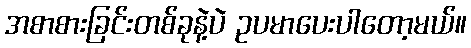
အစာစားခြင်းတစ်ခုနဲ့ပဲ ဥပမာပေးပါတော့မယ်။